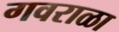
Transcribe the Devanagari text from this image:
गवराळा